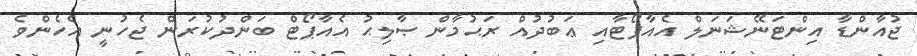
ޖުއާންޑާ އިންޓަނޭޝަނަލް އެއާޕޯޓާއި ޢަބުދުއް ރަޙުމާން ޞާލިޙު އެއާޕޯޓް ބަންދުކުރަން ޖެހުނީ އެހެންވެ